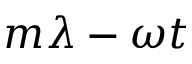
m \lambda - \omega t